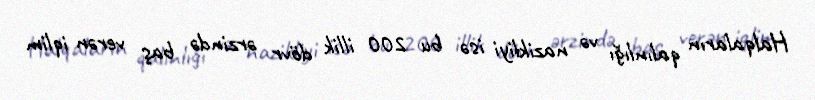
Halqaların qalınlığı və nazikliyi isə bu 200 illik dövr ərzində baş verən iqlim